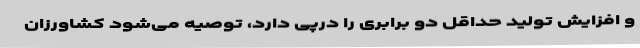
و افزایش تولید حداقل دو برابری را درپی دارد، توصیه می‌شود کشاورزان